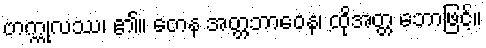
ဗာက္ကုလဿ၊ ၏။ တေန အတ္တဘာဝေန၊ ထိုအတ္တ ဘောဖြင့်။